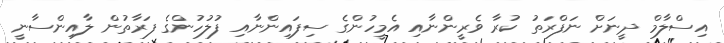
އިސްލާމް ދީނަށް ނަފްރަތު ކުރާ ވެރީންނާއި އެމީހުންގެ ސިފައިންނާއި ފުލުހުންގެ ފަރާތުން ލާއިންސާނީ